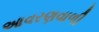
આવરણવાળી